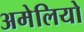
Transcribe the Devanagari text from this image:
अमेलियो